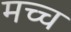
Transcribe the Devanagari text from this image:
मच्च